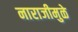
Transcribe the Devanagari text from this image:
नाराजीमुळे